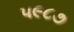
૫૯૮૭